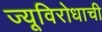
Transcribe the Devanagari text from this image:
ज्यूविरोधाची